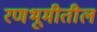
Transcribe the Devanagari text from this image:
रणभूमीतील